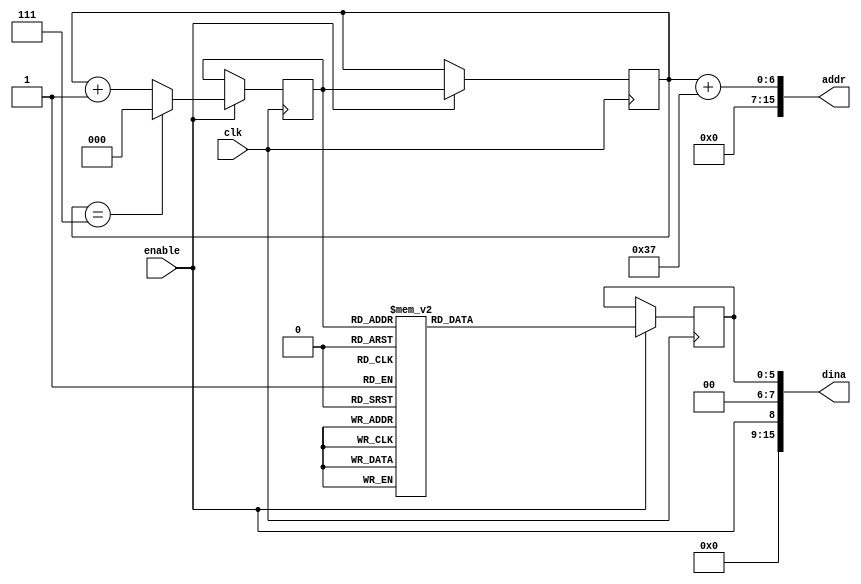
`timescale 1ns / 1ps
//////////////////////////////////////////////////////////////////////////////////
// Company: 
// Engineer: 
// 
// Design Name: 
// Module Name: vga_clock
// Project Name: 
// Target Devices: 
// Tool Versions: 
// Description: 
// 
// Dependencies: 
// 
// Revision:
// Revision 0.01 - File Created
// Additional Comments:
// 
//////////////////////////////////////////////////////////////////////////////////


module game_over_text(
input wire clk,
input wire enable,
output wire [15:0] addr,
output wire [15:0] dina
    );

	reg [5:0] glyph;
	reg [2:0] writing_text;
	reg [2:0] writing_text_next;

    always @ (posedge clk)
    begin
    if (enable) begin
        case (writing_text_next)
            3'b000: glyph <= 6'b011100;
            3'b001: glyph <= 6'b010111;
            3'b010: glyph <= 6'b010111;
            3'b011: glyph <= 6'b100101;
            3'b100: glyph <= 6'b001011;
            3'b101: glyph <= 6'b001010;
            3'b110: glyph <= 6'b001101;
            3'b111: glyph <= 6'b100011;
        endcase
        
        writing_text <= writing_text_next;
                if (writing_text == 7)
                    writing_text_next <= 0;
                else
                    writing_text_next <= writing_text + 1;
                end
   end

    assign dina = {enable, 2'b00, glyph};
    assign addr = writing_text + 55;    
    
            
endmodule